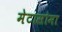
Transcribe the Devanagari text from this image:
मेटासोमा